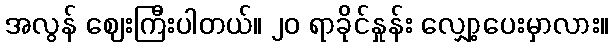
အလွန် ဈေးကြီးပါတယ်။ ၂၀ ရာခိုင်နှုန်း လျှော့ပေးမှာလား။